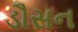
ડૌસન